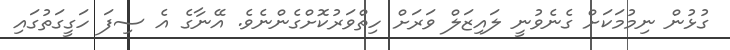
ގުޅުން ނިމުމަކަށް ގެނެވުނީ ލައިޒަލް ވަރަށް ހިތްވަރުކޮށްގެންނެވެ. އޭނާގެ އެ ސިފަ ހަގީގަތުގައި